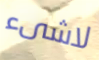
لاشىء